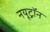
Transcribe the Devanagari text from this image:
नयूट्रॉन